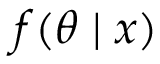
f ( \theta \mid x )